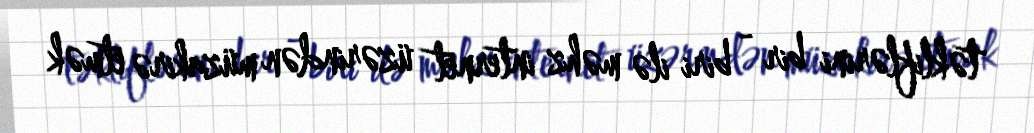
təkliflərini bir - biri ilə məhz internet üzərindən müzakirə etmək